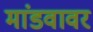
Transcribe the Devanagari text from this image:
मांडवावर